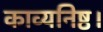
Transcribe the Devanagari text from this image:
काव्यनिष्ठ।